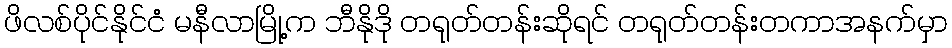
ဖိလစ်ပိုင်နိုင်ငံ မနီလာမြို့က ဘီနိုဒို တရုတ်တန်းဆိုရင် တရုတ်တန်းတကာအနက်မှာ